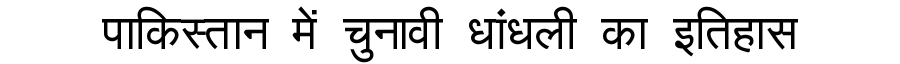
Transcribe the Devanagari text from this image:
पाकिस्तान में चुनावी धांधली का इतिहास